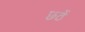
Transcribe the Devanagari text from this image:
छ्ठें